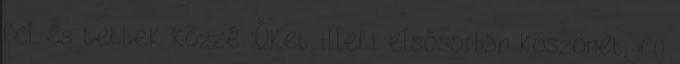
fel és tettek közzé. Őket illeti elsősorban köszönet, én